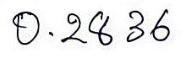
0.2836